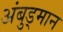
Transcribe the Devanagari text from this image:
अंबुड्मान